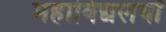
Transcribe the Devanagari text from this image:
महाविद्यलयों